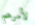
لأمرهم